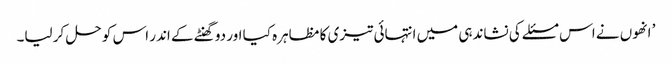
’ انھوں نے اس مسئلے کی نشاندہی میں انتہائی تیزی کا مظاہرہ کیا اور دو گھنٹے کے اندر اس کو حل کر لیا۔